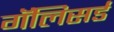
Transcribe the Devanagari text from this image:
गॅलिसर्ड